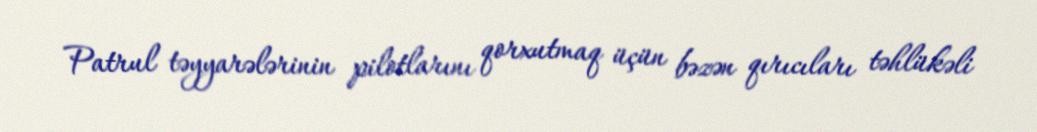
Patrul təyyarələrinin pilotlarını qorxutmaq üçün bəzən qırıcıları təhlükəli